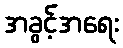
အခွင့်အရေး